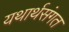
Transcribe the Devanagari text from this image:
यथार्थसंगत